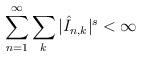
LaTeX: \begin{align*}\sum_{n = 1}^\infty \sum_{k} |\hat{I}_{n,k}|^s < \infty\end{align*}